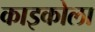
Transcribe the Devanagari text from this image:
काइकोला